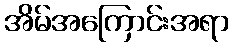
အိမ်အကြောင်းအရာ